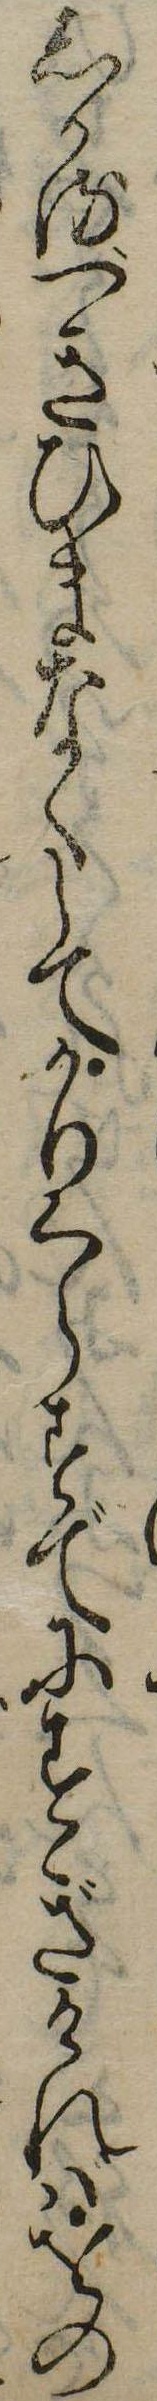
しかるべきひまなくしてかりくらすでにすぎければをの